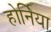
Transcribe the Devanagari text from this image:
होर्निया